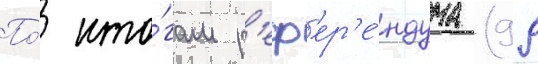
По́ ито́гам р'еф'ер'е́ндума (99